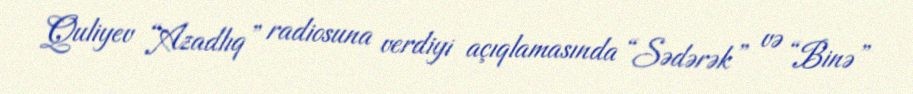
Quliyev “Azadlıq” radiosuna verdiyi açıqlamasında “Sədərək” və “Binə”